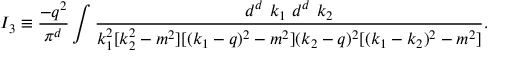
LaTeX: I _ { 3 } \equiv \frac { - q ^ { 2 } } { \pi ^ { d } } \int \frac { d ^ { d } ~ k _ { 1 } ~ d ^ { d } ~ k _ { 2 } } { k _ { 1 } ^ { 2 } [ k _ { 2 } ^ { 2 } - m ^ { 2 } ] [ ( k _ { 1 } - q ) ^ { 2 } - m ^ { 2 } ] ( k _ { 2 } - q ) ^ { 2 } [ ( k _ { 1 } - k _ { 2 } ) ^ { 2 } - m ^ { 2 } ] } .